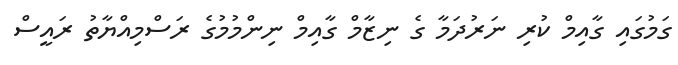
ގަމުގައި ގާއިމް ކުރި ނަރުދަމާ ގެ ނިޒާމް ގާއިމް ނިންމުމުގެ ރަސްމިއްޔާތު ރައީސް